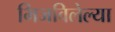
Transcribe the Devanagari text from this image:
भिजविलेल्या